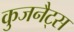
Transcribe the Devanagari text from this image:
कुजनैट्स